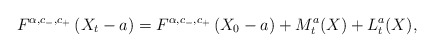
\begin{align*}F^{\alpha,c_-,c_+}\left(X_{t}-a \right) = F^{\alpha,c_-,c_+}\left(X_{0}-a\right) + M_{t}^a(X) + L_t^a(X), \end{align*}